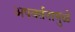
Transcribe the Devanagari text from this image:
अपवर्तनामुळे